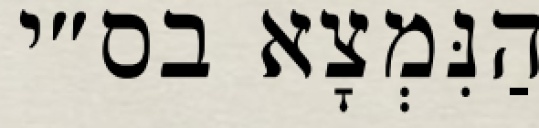
הַנִּמְצָא בס״י